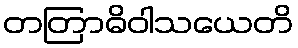
တတြာဓိဝါသယေတိ